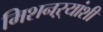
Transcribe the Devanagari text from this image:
मिशनऱ्यांशी